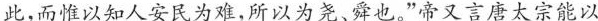
此，而惟以知人安民为难，所以为尧、舜也。”帝又言唐太宗能以